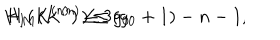
H _ { I } ( K ^ { ( n ) } ) \leq 3 ( g _ { 0 } + 1 ) - n - 1 , \hspace { 1 . 0 c m } H _ { M } ( K ^ { ( n ) } ) \leq g _ { 0 }